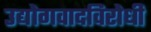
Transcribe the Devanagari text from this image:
उद्योगवादविरोधी